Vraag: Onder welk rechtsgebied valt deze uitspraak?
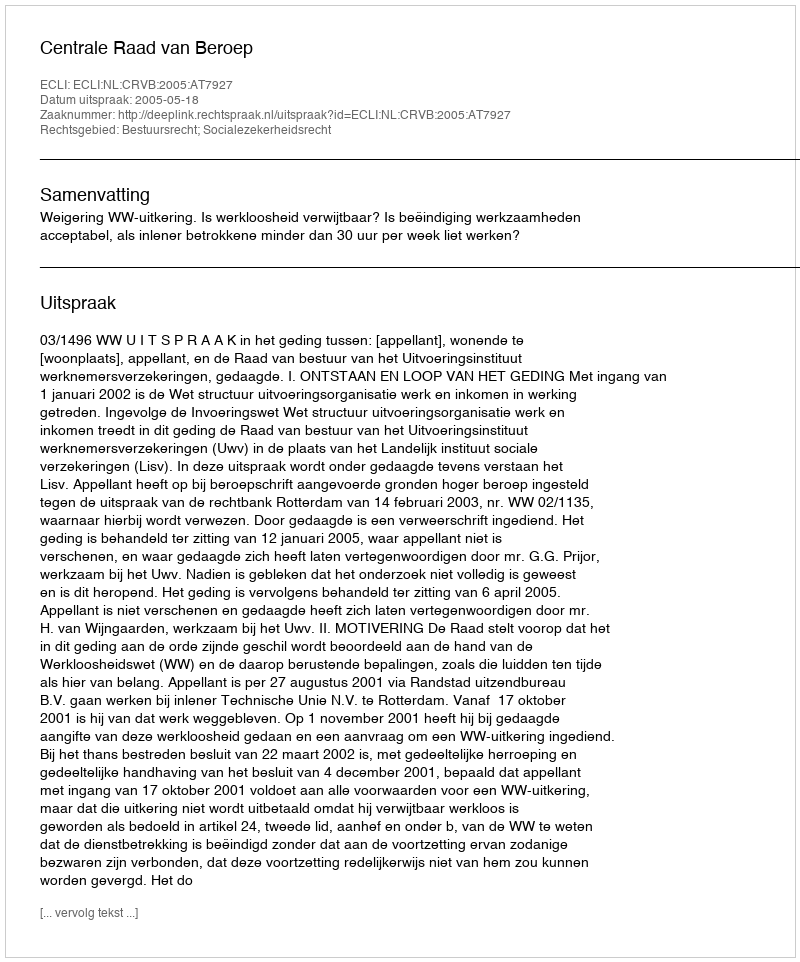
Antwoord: Bestuursrecht; Socialezekerheidsrecht